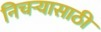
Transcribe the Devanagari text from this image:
निचर्‍यासाठी